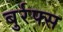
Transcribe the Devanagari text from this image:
बुर्रफ्स